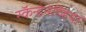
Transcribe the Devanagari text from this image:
स्कॅन्डेनेव्हिया